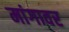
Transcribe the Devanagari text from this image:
मांगावर